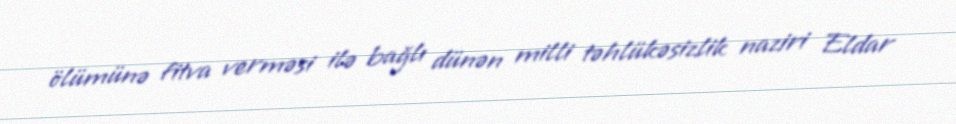
ölümünə fitva verməsi ilə bağlı dünən milli təhlükəsizlik naziri Eldar